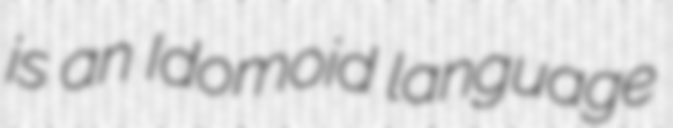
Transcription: is an Idomoid language